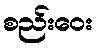
စည်းဝေး